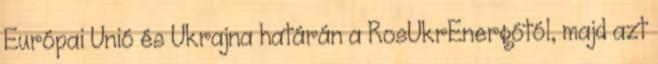
Európai Unió és Ukrajna határán a RosUkrEnergótól, majd azt